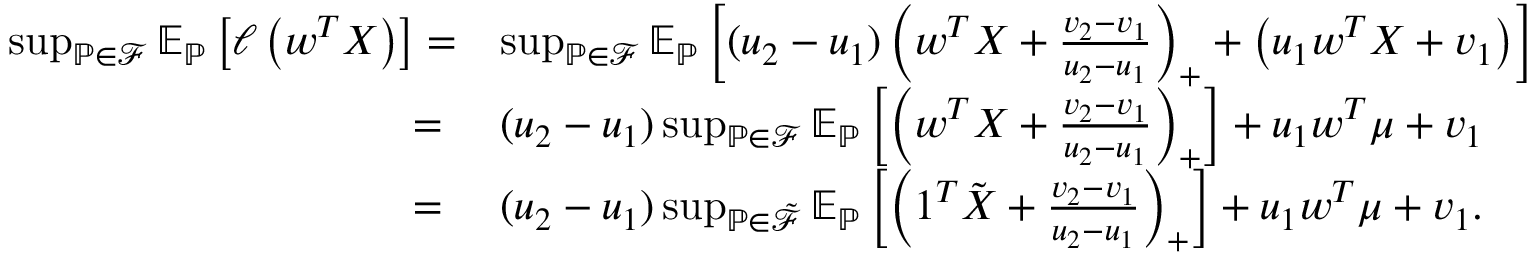
\begin{array} { r l } { \operatorname* { s u p } _ { \mathbb { P } \in \mathcal { F } } \mathbb { E } _ { \mathbb { P } } \left[ \ell \left( \boldsymbol { w } ^ { T } \boldsymbol { X } \right) \right] = } & { \operatorname* { s u p } _ { \mathbb { P } \in \mathcal { F } } \mathbb { E } _ { \mathbb { P } } \left[ ( u _ { 2 } - u _ { 1 } ) \left( \boldsymbol { w } ^ { T } \boldsymbol { X } + \frac { v _ { 2 } - v _ { 1 } } { u _ { 2 } - u _ { 1 } } \right) _ { + } + \left( u _ { 1 } \boldsymbol { w } ^ { T } \boldsymbol { X } + v _ { 1 } \right) \right] } \\ { = \ } & { ( u _ { 2 } - u _ { 1 } ) \operatorname* { s u p } _ { \mathbb { P } \in \mathcal { F } } \mathbb { E } _ { \mathbb { P } } \left[ \left( \boldsymbol { w } ^ { T } \boldsymbol { X } + \frac { v _ { 2 } - v _ { 1 } } { u _ { 2 } - u _ { 1 } } \right) _ { + } \right] + u _ { 1 } \boldsymbol { w } ^ { T } \boldsymbol { \mu } + v _ { 1 } } \\ { = \ } & { ( u _ { 2 } - u _ { 1 } ) \operatorname* { s u p } _ { \mathbb { P } \in \tilde { \mathcal { F } } } \mathbb { E } _ { \mathbb { P } } \left[ \left( \boldsymbol { 1 } ^ { T } \tilde { \boldsymbol { X } } + \frac { v _ { 2 } - v _ { 1 } } { u _ { 2 } - u _ { 1 } } \right) _ { + } \right] + u _ { 1 } \boldsymbol { w } ^ { T } \boldsymbol { \mu } + v _ { 1 } . } \end{array}